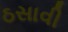
ઠસાવી